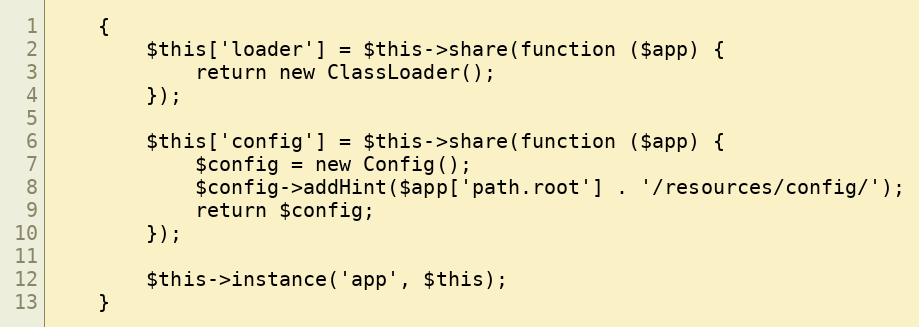
Language: PHP
	{
		$this['loader'] = $this->share(function ($app) {
			return new ClassLoader();
		});

		$this['config'] = $this->share(function ($app) {
			$config = new Config();
			$config->addHint($app['path.root'] . '/resources/config/');
			return $config;
		});

		$this->instance('app', $this);
	}